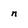
Character: n